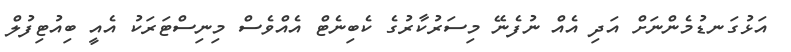
އަޅުގަނޑުމެންނަށް އަދި އެއް ނުފެނޭ މިސަރުކާރުގެ ކެބިނެޓް އެއްވެސް މިނިސްޓަރަކު އެއީ ބިއުޓިފުލް